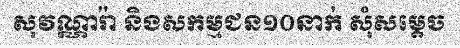
សុវណ្ណារ៉ា និងសកម្មជន១០នាក់ សុំសម្តេច